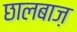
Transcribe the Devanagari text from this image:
छालबाज़